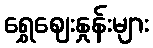
ရွှေဈေးနှုန်းများ